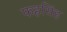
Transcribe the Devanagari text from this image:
फहसिंह